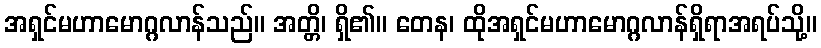
အရှင်မဟာမောဂ္ဂလာန်သည်။ အတ္တိ၊ ရှိ၏။ တေန၊ ထိုအရှင်မဟာမောဂ္ဂလာန်ရှိရာအရပ်သို့။